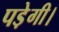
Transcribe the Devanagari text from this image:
पडे़गी।